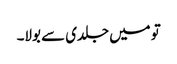
تو میں جلدی سے بولا۔